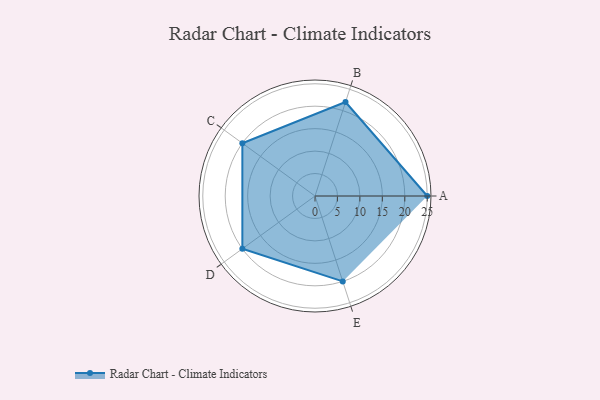
{"axis": {"x": "Skill", "y": "Score"}, "legend": ["Profile"], "data": [{"x": "A", "y": 25.0, "type": "Profile"}, {"x": "B", "y": 22.0, "type": "Profile"}, {"x": "C", "y": 20, "type": "Profile"}, {"x": "D", "y": 20, "type": "Profile"}, {"x": "E", "y": 20, "type": "Profile"}]}